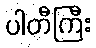
ပါတီကြီး